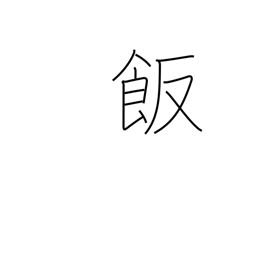
Meaning: meal